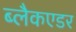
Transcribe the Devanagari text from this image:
ब्लैकएडर